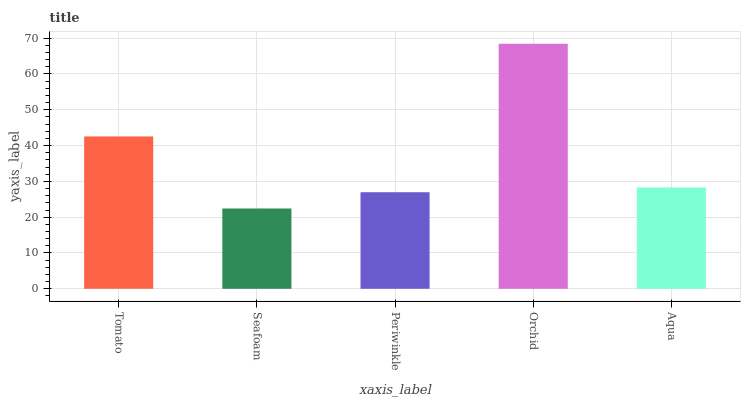
| xaxis_label | bars |
 | --- | --- |
 | Tomato | 42.6 |
 | Seafoam | 22.4 |
 | Periwinkle | 27 |
 | Orchid | 68.4 |
 | Aqua | 28.3 |